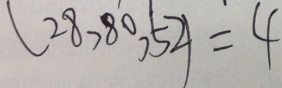
( 2 8 , 8 0 , 5 2 ) = 4